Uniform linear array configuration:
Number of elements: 24
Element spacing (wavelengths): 0.25
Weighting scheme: kaiser
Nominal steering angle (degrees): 0
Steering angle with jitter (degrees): -0.288
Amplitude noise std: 0.05
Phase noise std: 0.05

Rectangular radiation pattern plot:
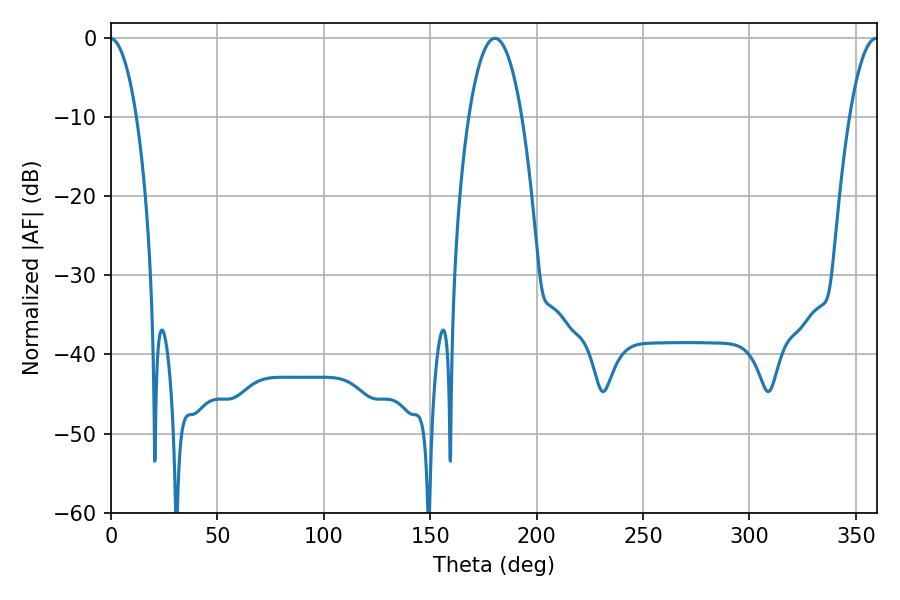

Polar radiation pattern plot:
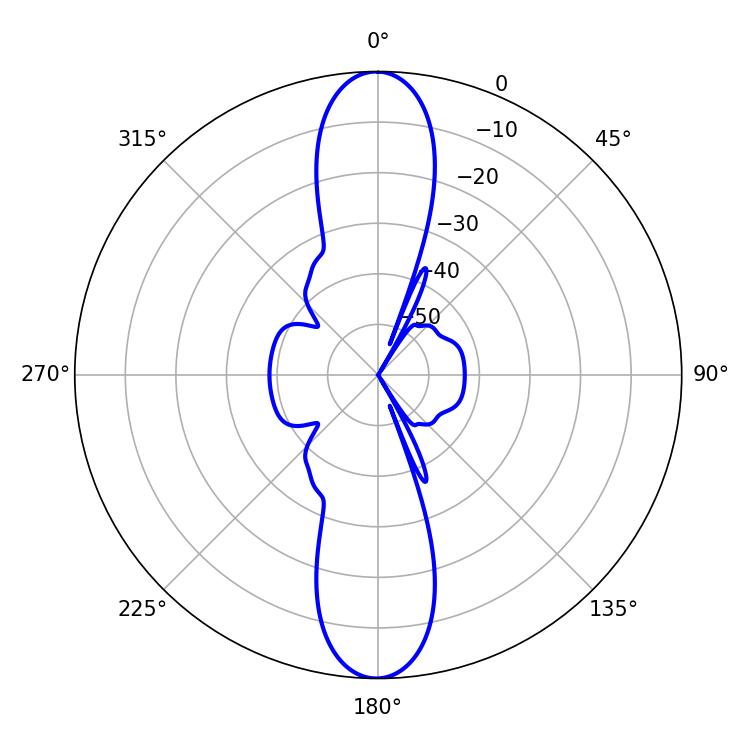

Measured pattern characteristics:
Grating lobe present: FALSE
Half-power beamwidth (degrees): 13.86
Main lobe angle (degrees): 180.36